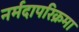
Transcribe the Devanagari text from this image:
नर्मदापरिक्रमा